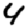
Digit: 4